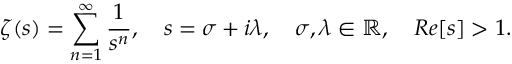
\zeta ( s ) = \sum _ { n = 1 } ^ { \infty } \frac { 1 } { s ^ { n } } , \quad s = \sigma + i \lambda , \quad \sigma , \lambda \in \mathbb { R } , \quad R e [ s ] > 1 .